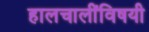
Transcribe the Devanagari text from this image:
हालचालींविषयी